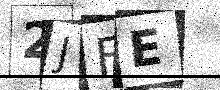
Text: 2JFE